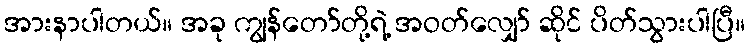
အားနာပါတယ်။ အခု ကျွန်တော်တို့ရဲ့ အဝတ်လျှော် ဆိုင် ပိတ်သွားပါပြီ။